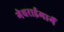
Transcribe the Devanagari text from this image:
गेवराईमार्गे